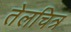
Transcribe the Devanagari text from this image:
तेलचित्र